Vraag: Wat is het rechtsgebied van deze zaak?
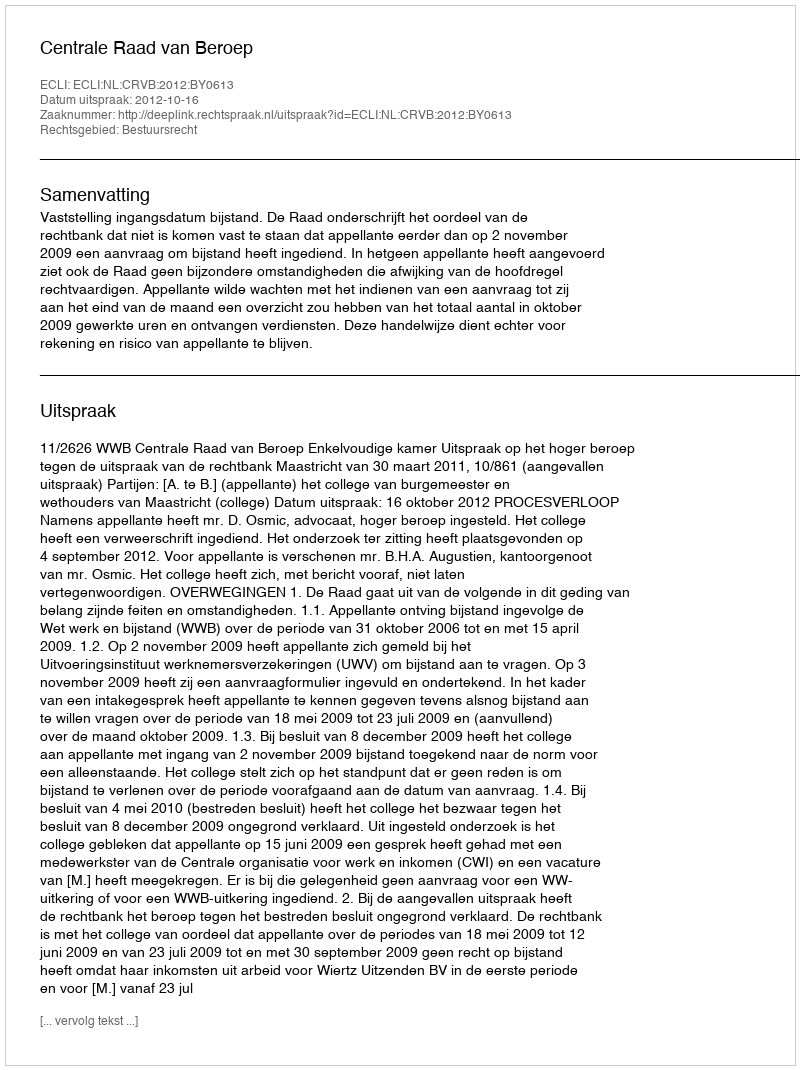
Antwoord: Bestuursrecht